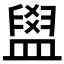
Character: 𥂞